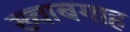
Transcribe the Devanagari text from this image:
ख्‍वाबगाह